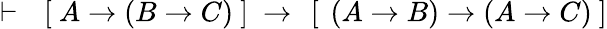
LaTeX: \vdash\ \ \left[\ A\rightarrow\left(B\rightarrow C\right)\ \right]\ \rightarrow\ \left[\ \left(A\rightarrow B\right)\rightarrow\left(A\rightarrow C\right)\ \right]